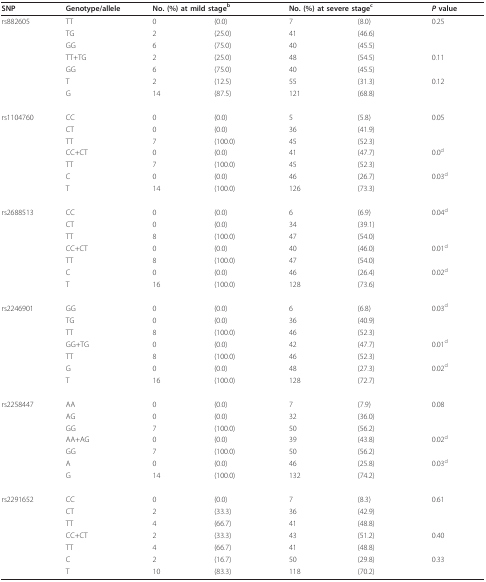
<table><thead><tr><td><b>SNP</b></td><td><b>Genotype/allele</b></td><td colspan="2"><b>No. (%) at mild stage<sup>b</sup></b></td><td colspan="2"><b>No. (%) at severe stage<sup>c</sup></b></td><td><b><i>P </i>value</b></td></tr></thead><tbody><tr><td>rs882605</td><td>TT</td><td>0</td><td>(0.0)</td><td>7</td><td>(8.0)</td><td>0.25</td></tr><tr><td></td><td>TG</td><td>2</td><td>(25.0)</td><td>41</td><td>(46.6)</td><td></td></tr><tr><td></td><td>GG</td><td>6</td><td>(75.0)</td><td>40</td><td>(45.5)</td><td></td></tr><tr><td></td><td>TT+TG</td><td>2</td><td>(25.0)</td><td>48</td><td>(54.5)</td><td>0.11</td></tr><tr><td></td><td>GG</td><td>6</td><td>(75.0)</td><td>40</td><td>(45.5)</td><td></td></tr><tr><td></td><td>T</td><td>2</td><td>(12.5)</td><td>55</td><td>(31.3)</td><td>0.12</td></tr><tr><td></td><td>G</td><td>14</td><td>(87.5)</td><td>121</td><td>(68.8)</td><td></td></tr><tr><td>rs1104760</td><td>CC</td><td>0</td><td>(0.0)</td><td>5</td><td>(5.8)</td><td>0.05</td></tr><tr><td></td><td>CT</td><td>0</td><td>(0.0)</td><td>36</td><td>(41.9)</td><td></td></tr><tr><td></td><td>TT</td><td>7</td><td>(100.0)</td><td>45</td><td>(52.3)</td><td></td></tr><tr><td></td><td>CC+CT</td><td>0</td><td>(0.0)</td><td>41</td><td>(47.7)</td><td>0.0<sup>d</sup></td></tr><tr><td></td><td>TT</td><td>7</td><td>(100.0)</td><td>45</td><td>(52.3)</td><td></td></tr><tr><td></td><td>C</td><td>0</td><td>(0.0)</td><td>46</td><td>(26.7)</td><td>0.03<sup>d</sup></td></tr><tr><td></td><td>T</td><td>14</td><td>(100.0)</td><td>126</td><td>(73.3)</td><td></td></tr><tr><td>rs2688513</td><td>CC</td><td>0</td><td>(0.0)</td><td>6</td><td>(6.9)</td><td>0.04<sup>d</sup></td></tr><tr><td></td><td>CT</td><td>0</td><td>(0.0)</td><td>34</td><td>(39.1)</td><td></td></tr><tr><td></td><td>TT</td><td>8</td><td>(100.0)</td><td>47</td><td>(54.0)</td><td></td></tr><tr><td></td><td>CC+CT</td><td>0</td><td>(0.0)</td><td>40</td><td>(46.0)</td><td>0.01<sup>d</sup></td></tr><tr><td></td><td>TT</td><td>8</td><td>(100.0)</td><td>47</td><td>(54.0)</td><td></td></tr><tr><td></td><td>C</td><td>0</td><td>(0.0)</td><td>46</td><td>(26.4)</td><td>0.02<sup>d</sup></td></tr><tr><td></td><td>T</td><td>16</td><td>(100.0)</td><td>128</td><td>(73.6)</td><td></td></tr><tr><td>rs2246901</td><td>GG</td><td>0</td><td>(0.0)</td><td>6</td><td>(6.8)</td><td>0.03<sup>d</sup></td></tr><tr><td></td><td>TG</td><td>0</td><td>(0.0)</td><td>36</td><td>(40.9)</td><td></td></tr><tr><td></td><td>TT</td><td>8</td><td>(100.0)</td><td>46</td><td>(52.3)</td><td></td></tr><tr><td></td><td>GG+TG</td><td>0</td><td>(0.0)</td><td>42</td><td>(47.7)</td><td>0.01<sup>d</sup></td></tr><tr><td></td><td>TT</td><td>8</td><td>(100.0)</td><td>46</td><td>(52.3)</td><td></td></tr><tr><td></td><td>G</td><td>0</td><td>(0.0)</td><td>48</td><td>(27.3)</td><td>0.02<sup>d</sup></td></tr><tr><td></td><td>T</td><td>16</td><td>(100.0)</td><td>128</td><td>(72.7)</td><td></td></tr><tr><td>rs2258447</td><td>AA</td><td>0</td><td>(0.0)</td><td>7</td><td>(7.9)</td><td>0.08</td></tr><tr><td></td><td>AG</td><td>0</td><td>(0.0)</td><td>32</td><td>(36.0)</td><td></td></tr><tr><td></td><td>GG</td><td>7</td><td>(100.0)</td><td>50</td><td>(56.2)</td><td></td></tr><tr><td></td><td>AA+AG</td><td>0</td><td>(0.0)</td><td>39</td><td>(43.8)</td><td>0.02<sup>d</sup></td></tr><tr><td></td><td>GG</td><td>7</td><td>(100.0)</td><td>50</td><td>(56.2)</td><td></td></tr><tr><td></td><td>A</td><td>0</td><td>(0.0)</td><td>46</td><td>(25.8)</td><td>0.03<sup>d</sup></td></tr><tr><td></td><td>G</td><td>14</td><td>(100.0)</td><td>132</td><td>(74.2)</td><td></td></tr><tr><td>rs2291652</td><td>CC</td><td>0</td><td>(0.0)</td><td>7</td><td>(8.3)</td><td>0.61</td></tr><tr><td></td><td>CT</td><td>2</td><td>(33.3)</td><td>36</td><td>(42.9)</td><td></td></tr><tr><td></td><td>TT</td><td>4</td><td>(66.7)</td><td>41</td><td>(48.8)</td><td></td></tr><tr><td></td><td>CC+CT</td><td>2</td><td>(33.3)</td><td>43</td><td>(51.2)</td><td>0.40</td></tr><tr><td></td><td>TT</td><td>4</td><td>(66.7)</td><td>41</td><td>(48.8)</td><td></td></tr><tr><td></td><td>C</td><td>2</td><td>(16.7)</td><td>50</td><td>(29.8)</td><td>0.33</td></tr><tr><td></td><td>T</td><td>10</td><td>(83.3)</td><td>118</td><td>(70.2)</td><td></td></tr></tbody></table>